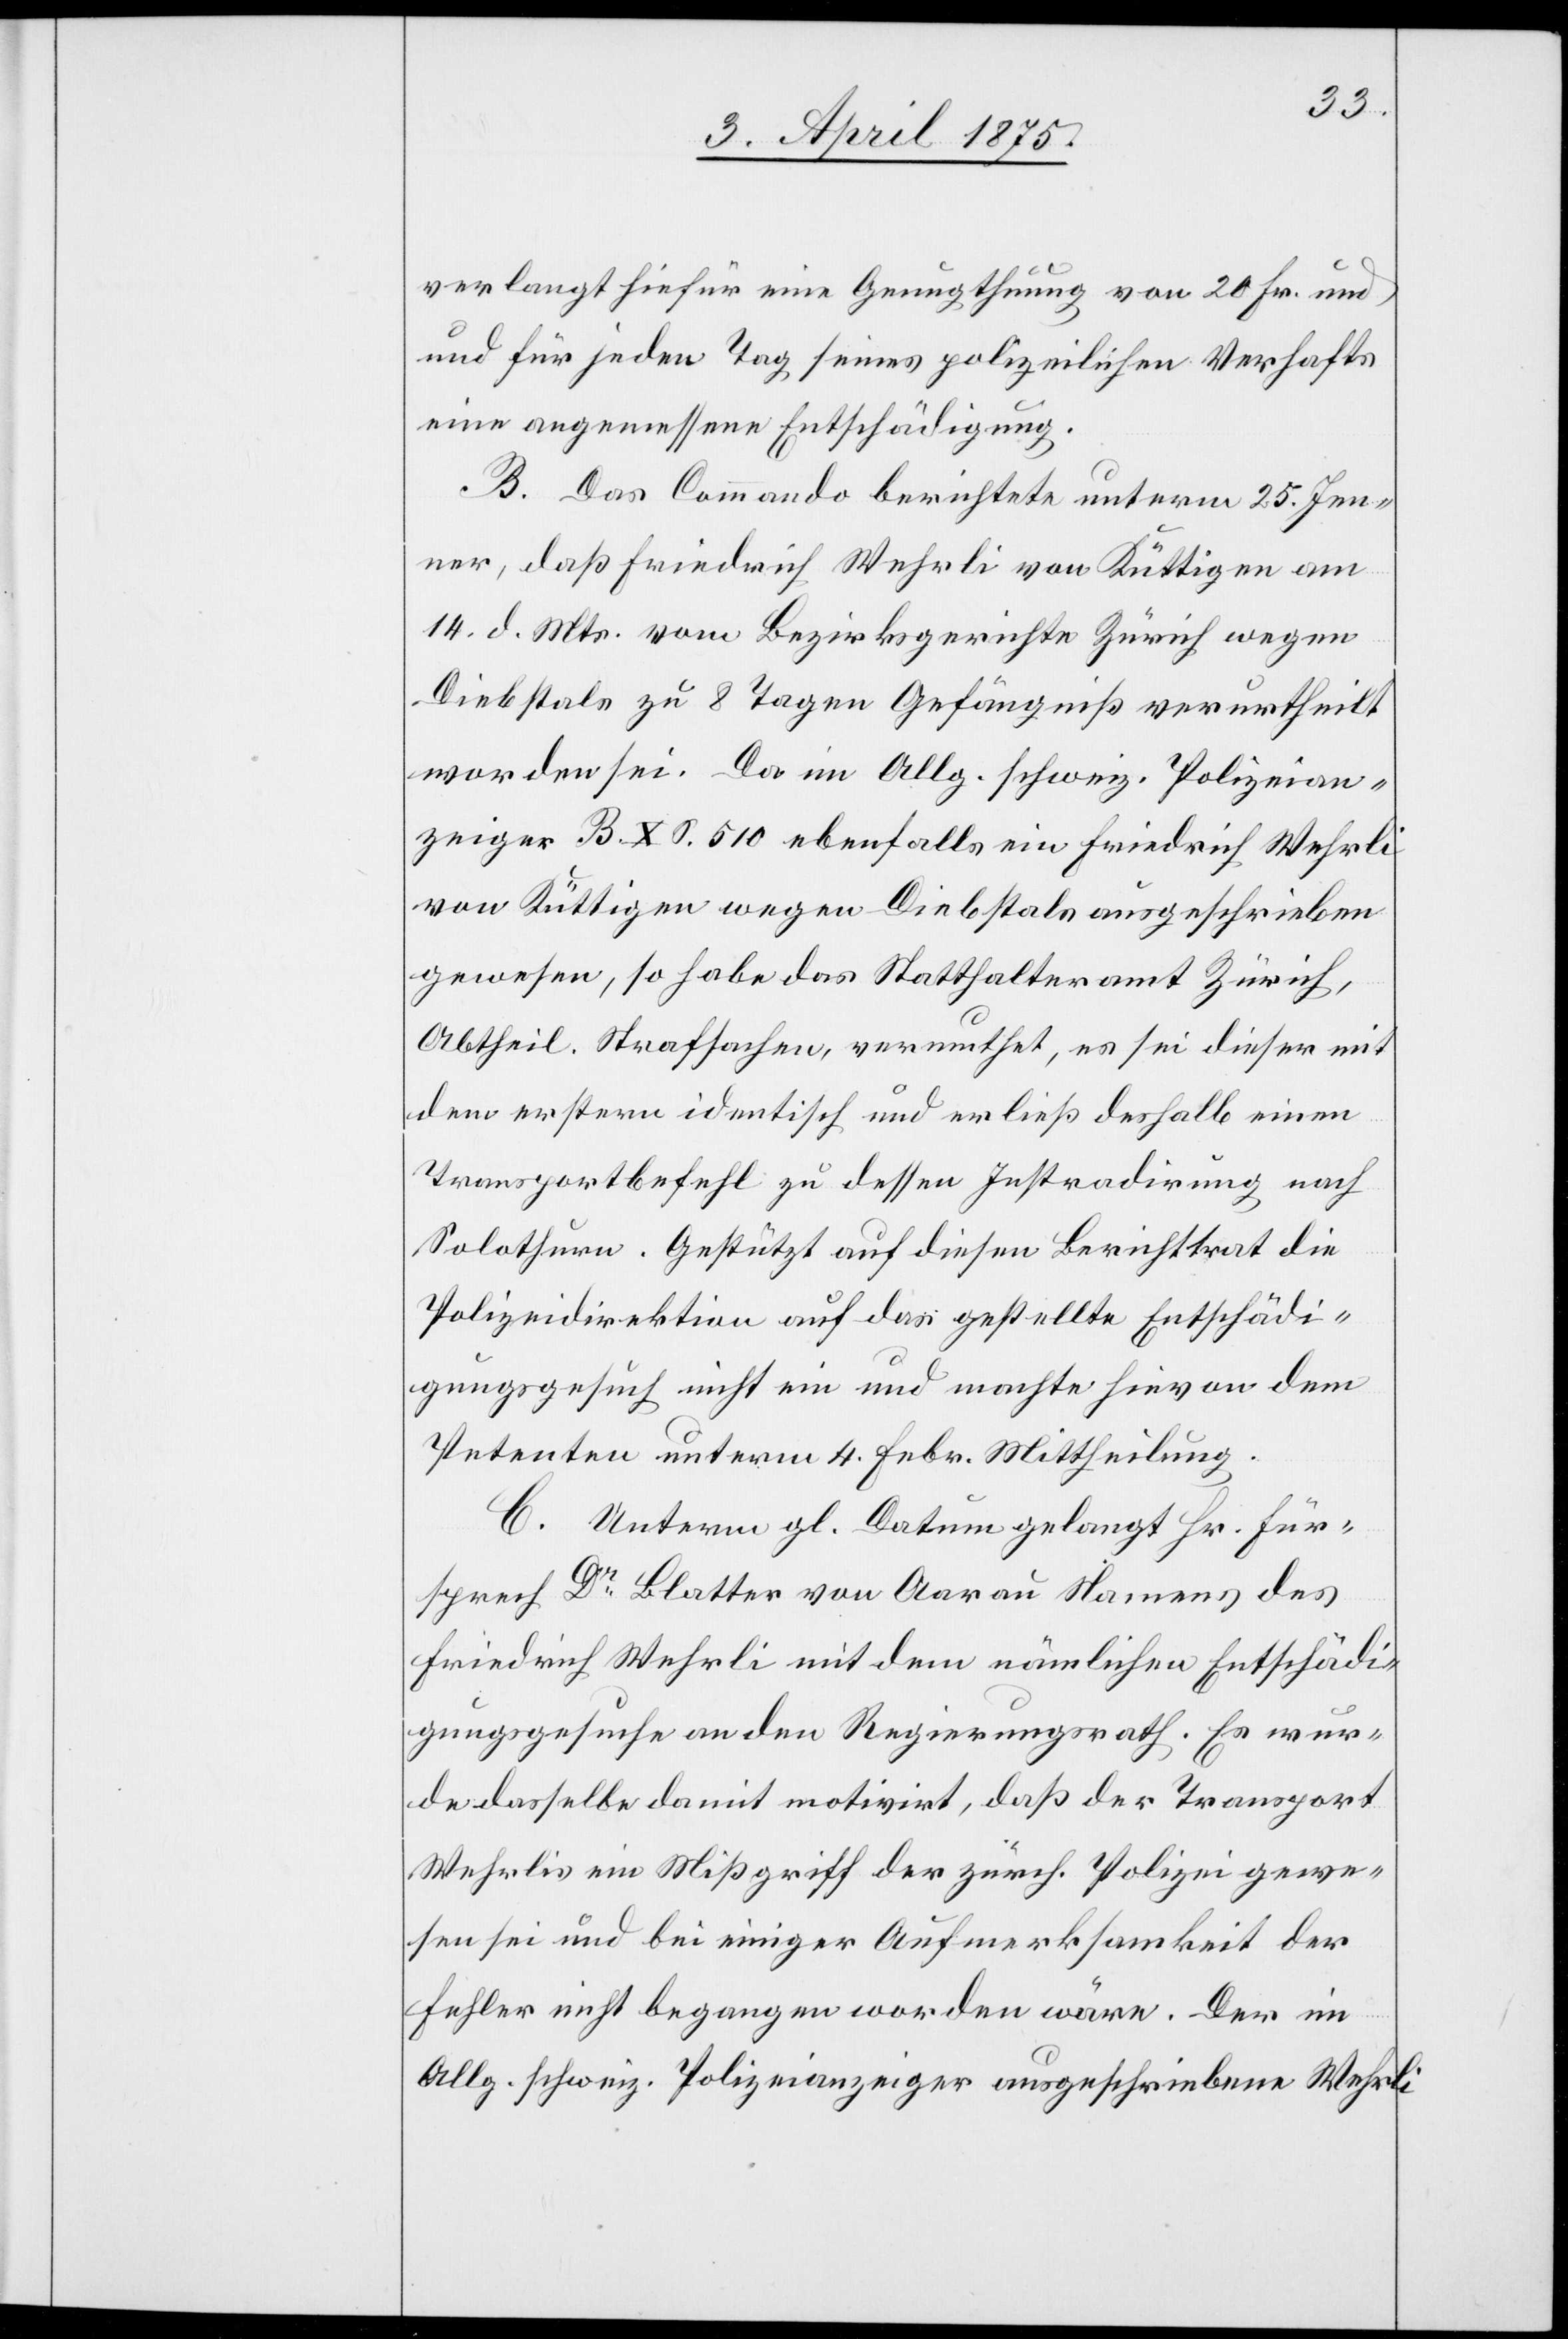
verlangt hiefür eine Genugthuung von 20 Fr. u¬
nd für jeden Tag seines polizeilichen Verhafts
eine angemessene Entschädigung.
B. Das Commando berichtete unterm 25. Jen¬
ner, daß Friedrich Wehrli von Küttigen am
14. d. Mts. vom Bezirksgericht in Zürich wegen
Diebstals zu 8 Tagen Gefängniß verurtheilt
worden sei. Da im Allg. schweiz. Polizeian¬
zeiger B. X S. 510 ebenfalls ein Friedrich Wehrli
von Küttigen wegen Diebstals ausgeschrieben
gewesen, so habe das Statthalteramt Zürich,
Abtheil. Strafsachen, vermuthet, es sei dieser mit
dem erstern identisch und erließ deshalb einen
Transportbefehl zu dessen Instradirung nach
Solothurn. Gestützt auf diesen Bericht trat die
Polizeidirektion auf das gestellte Entschädi¬
gungsgesuch nicht ein und machte hievon dem
Petenten unterm 4. Febr. Mittheilung.
C. Unterm gl. Datum gelangt Hr. Für¬
sprech Dr Blatter von Aarau Namens des
Friedrich Wehrli mit dem nämlichen Entschädi¬
gungsgesuche an den Regierungsrath. Es wur¬
de dasselbe damit motivirt, daß der Transport
Wehrlis ein Mißgriff der zürch. Polizei gewe¬
sen sei und bei einiger Aufmerksamkeit der
Fehler nicht begangen worden wäre. Der im
Allg. schweiz. Polizeianzeiger ausgeschriebene Wehrli